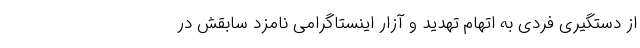
از دستگیری فردی به اتهام تهدید و آزار اینستاگرامی نامزد سابقش در